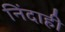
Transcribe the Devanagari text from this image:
निंदाही